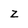
Character: z